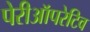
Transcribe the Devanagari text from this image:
पेरीऑपरेटिव